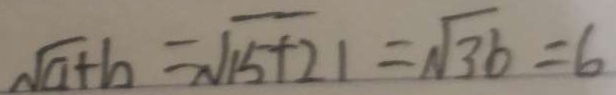
\sqrt { a + b } = \sqrt { 1 5 + 2 1 } = \sqrt { 3 6 } = 6